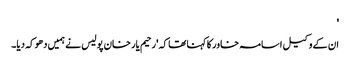
'
ان کے وکیل اسامہ خاور کا کہنا تھا کہ 'رحیم یار خان پولیس نے ہمیں دھوکہ دیا۔